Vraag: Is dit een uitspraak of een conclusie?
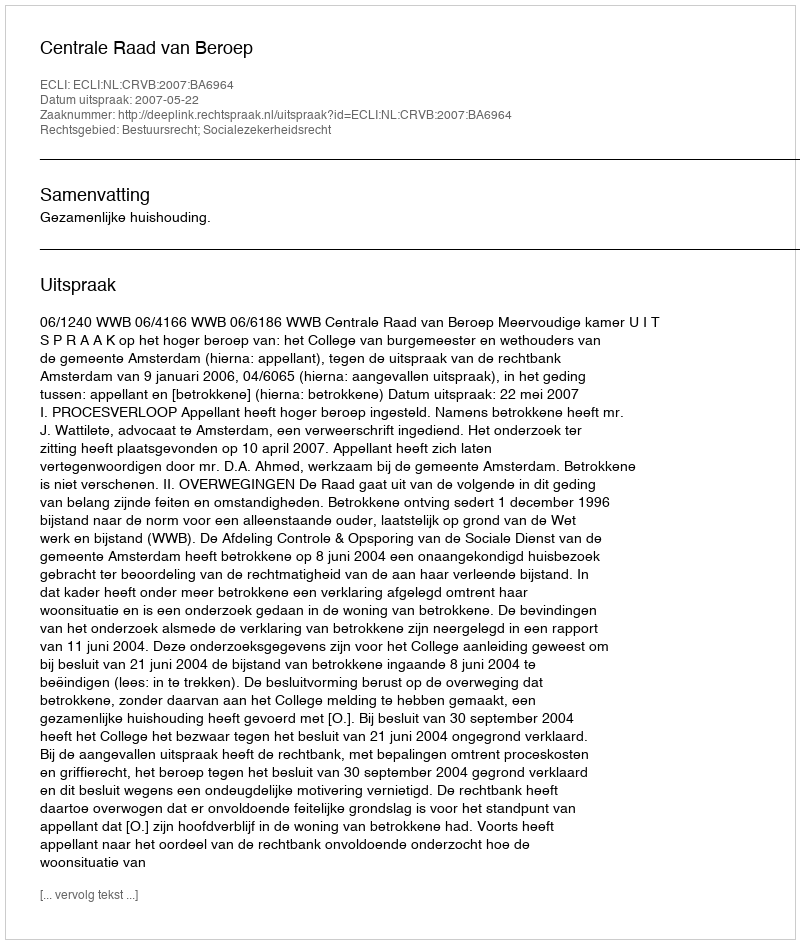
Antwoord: Uitspraak